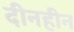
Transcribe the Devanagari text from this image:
दीनहीन